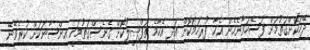
ދޭހަކޮށްގަތުމަށް ފަސޭހަވާނެހެން އެހާ ފުރިހަމަކޮށް އަދި އެހާމެ ތަފްޞީލުކޮށް ގެނެސްގަތުމަކީ އިންސާނަކަށް ކުރެވޭނޭ